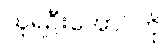
သူရဦးအောင်ကို